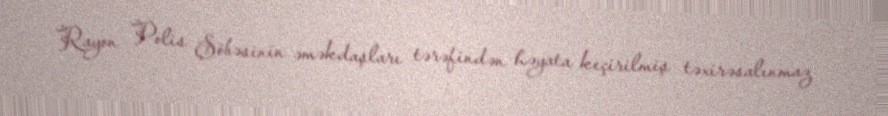
Rayon Polis Şöbəsinin əməkdaşları tərəfindən həyata keçirilmiş təxirəsalınmaz